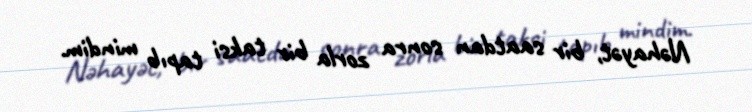
Nəhayət, bir saatdan sonra zorla bir taksi tapıb mindim.